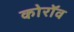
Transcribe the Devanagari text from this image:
कोरॉव